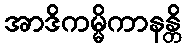
အာဒိကမ္မိကာနန္တိ